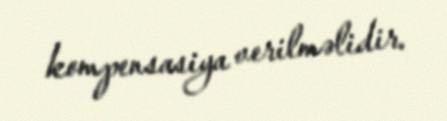
kompensasiya verilməlidir.